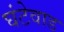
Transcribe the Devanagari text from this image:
घंटेवाड